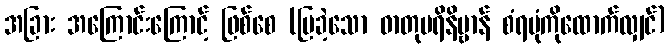
အခြား အကြောင်းကြောင့် ဖြစ်စေ (ပြခဲ့သော ဓာတုပရိနိဗ္ဗာန် စံရပုံကိုထောက်လျှင်)